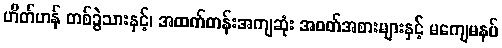
ဟိတ်ဟန် တစ်ခွဲသားနှင့်၊ အထက်တန်းအကျဆုံး အဝတ်အစားများနှင့် မကျေမနပ်